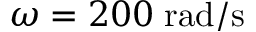
\omega = 2 0 0 \; \mathrm { r a d / s }